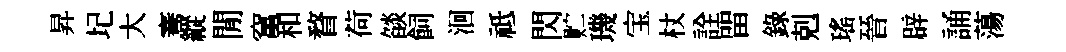
昇圮大騫縱閒𥧄和瞀荷燄飼洄祗閃贮璣宝杖詮㽞錄剋瑤晉辟誦蕩